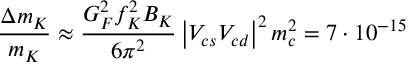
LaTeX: \frac { \Delta m _ { K } } { m _ { K } } \approx \frac { G _ { F } ^ { 2 } f _ { K } ^ { 2 } B _ { K } } { 6 \pi ^ { 2 } } \left| V _ { c s } V _ { c d } \right| ^ { 2 } m _ { c } ^ { 2 } = 7 \cdot 1 0 ^ { - 1 5 }